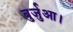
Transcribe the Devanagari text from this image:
बुर्जुआ।